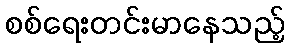
စစ်ရေးတင်းမာနေသည့်